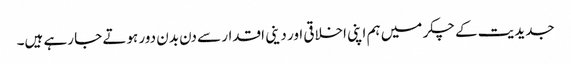
جدیدیت کے چکر میں ہم اپنی اخلاقی اور دینی اقدار سے دن بدن دور ہوتے جا رہے ہیں۔